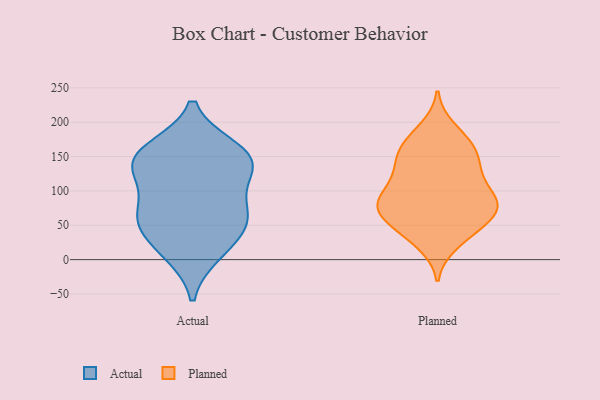
{"axis": {"x": "Inventory Turnover", "y": "Value"}, "legend": ["Actual", "Planned"], "data": [{"x": "", "y": 137, "type": "Actual"}, {"x": "", "y": 161, "type": "Actual"}, {"x": "", "y": 66, "type": "Actual"}, {"x": "", "y": 157, "type": "Actual"}, {"x": "", "y": 56, "type": "Actual"}, {"x": "", "y": 143, "type": "Actual"}, {"x": "", "y": 20, "type": "Actual"}, {"x": "", "y": 10, "type": "Actual"}, {"x": "", "y": 140, "type": "Actual"}, {"x": "", "y": 68, "type": "Actual"}, {"x": "", "y": 60, "type": "Actual"}, {"x": "", "y": 115, "type": "Actual"}, {"x": "", "y": 80, "type": "Planned"}, {"x": "", "y": 77, "type": "Planned"}, {"x": "", "y": 136, "type": "Planned"}, {"x": "", "y": 79, "type": "Planned"}, {"x": "", "y": 38, "type": "Planned"}, {"x": "", "y": 74, "type": "Planned"}, {"x": "", "y": 86, "type": "Planned"}, {"x": "", "y": 164, "type": "Planned"}, {"x": "", "y": 128, "type": "Planned"}, {"x": "", "y": 24, "type": "Planned"}, {"x": "", "y": 167, "type": "Planned"}, {"x": "", "y": 132, "type": "Planned"}, {"x": "", "y": 54, "type": "Planned"}, {"x": "", "y": 161, "type": "Planned"}, {"x": "", "y": 88, "type": "Planned"}, {"x": "", "y": 52, "type": "Planned"}, {"x": "", "y": 106, "type": "Planned"}, {"x": "", "y": 190, "type": "Planned"}]}